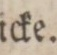
icke.